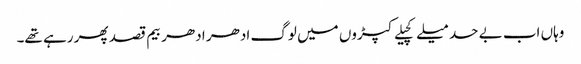
وہاں اب بے حد میلے کچیلے کپڑوں میں لوگ ادھر ادھر بیم قصد پھر رہے تھے۔